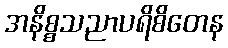
အနိစ္စသညာပရိစိတေန